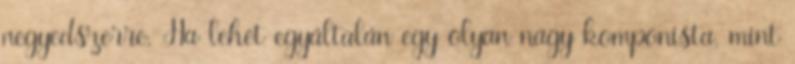
negyedszerre. Ha lehet egyáltalán egy olyan nagy komponista, mint